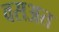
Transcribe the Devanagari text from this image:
वसअत